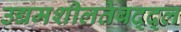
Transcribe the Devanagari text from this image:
उद्यमशीलतेबद्द्ल